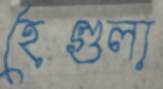
হেগুলা